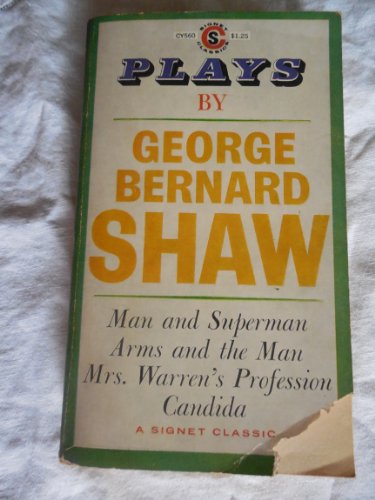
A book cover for Plays By George Bernard Shaw : Man and Superman, Arms and the Man, Mrs. Warrens Profession, Candida; Eric Bentley; Health, Fitness & Dieting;